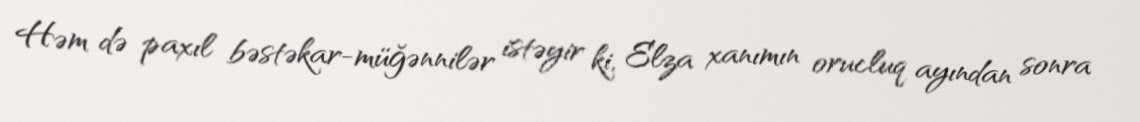
Həm də paxıl bəstəkar-müğənnilər istəyir ki, Elza xanımın orucluq ayından sonra